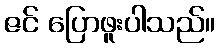
ဇင် ပြောဖူးပါသည်။